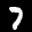
Label: 7